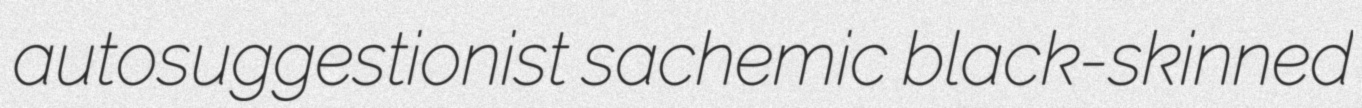
autosuggestionist sachemic black-skinned